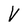
Character: V